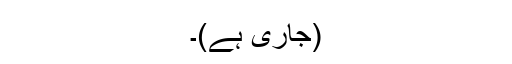
(جاری ہے)۔